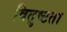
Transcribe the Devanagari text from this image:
वितुष्टता